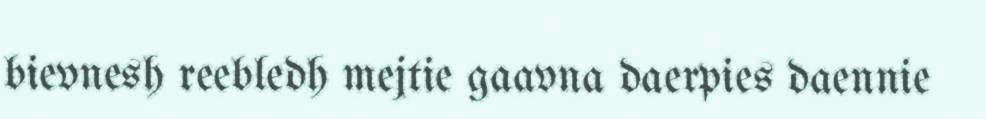
bievnesh reebledh mejtie gaavna daerpies daennie